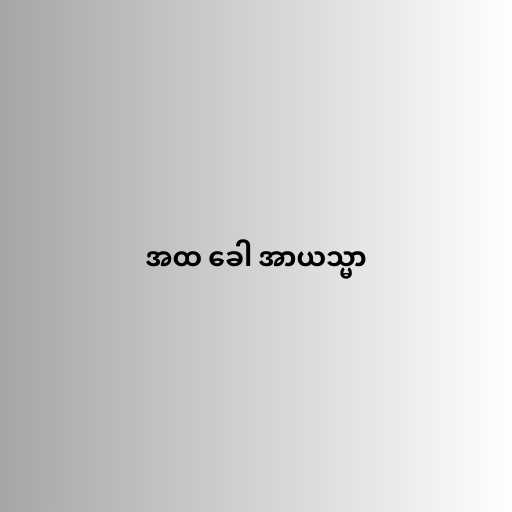
အထ ခေါ အာယသ္မာ